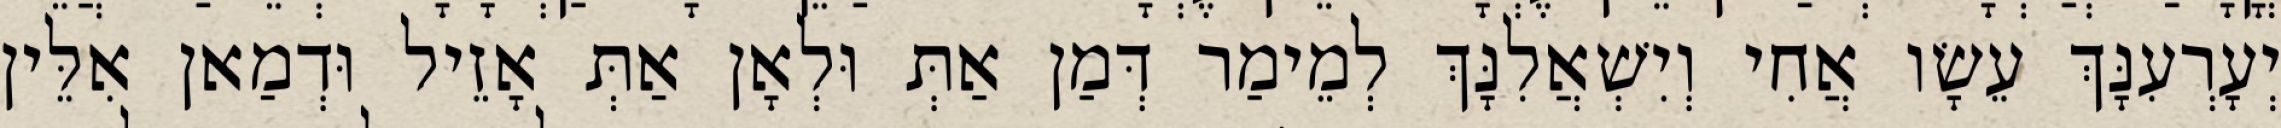
יְעָרְעִנָּךְ עֵשָׂו אֲחִי וְיִשְׁאֲלִנָּךְ לְמֵימַר דְּמַן אַתְּ וּלְאָן אַתְּ אָזֵיל וּדְמַאן אִלֵּין